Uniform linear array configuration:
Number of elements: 48
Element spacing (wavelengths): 0.75
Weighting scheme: blackman
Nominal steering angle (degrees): -30
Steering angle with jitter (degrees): -29.333
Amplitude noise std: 0.05
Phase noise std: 0.05

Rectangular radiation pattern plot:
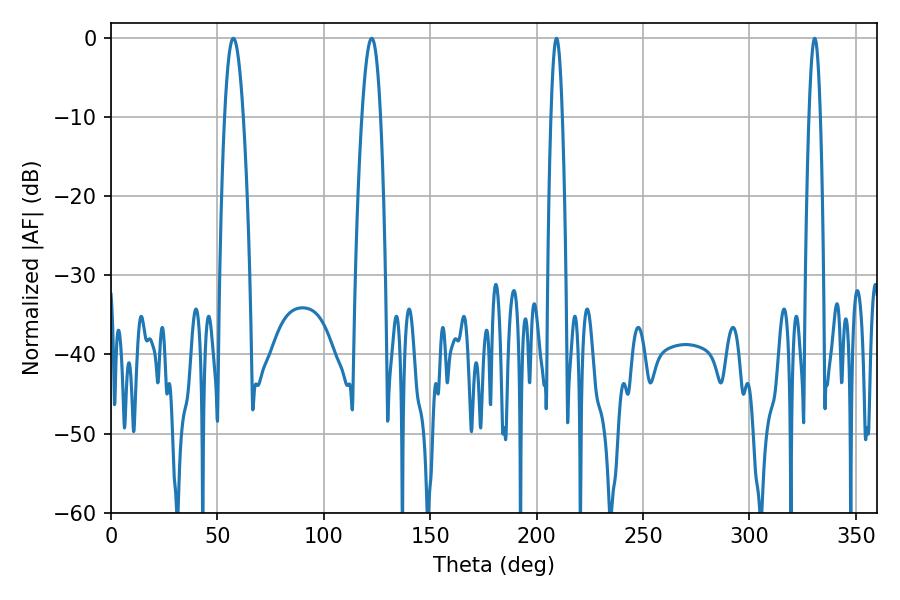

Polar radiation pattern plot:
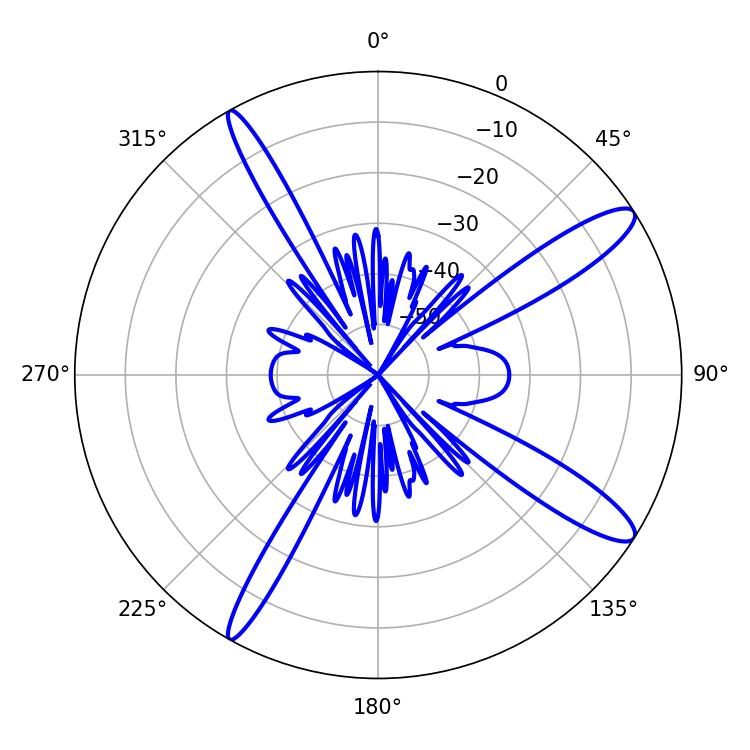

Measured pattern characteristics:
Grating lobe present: TRUE
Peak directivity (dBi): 13.053
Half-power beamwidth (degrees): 2.88
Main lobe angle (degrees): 209.34